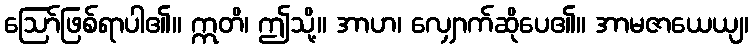
ဩော်ဖြစ်ရာပါ၏။ ဣတိ၊ ဤသို့။ အာဟ၊ လျှောက်ဆိုပေ၏။ အာမဇာယေယျ၊